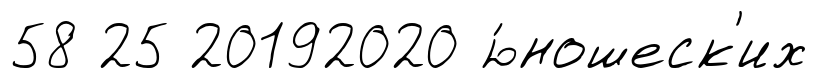
58 25 20192020 ю́ношеск'их